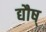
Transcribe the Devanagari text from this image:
द्यौष्